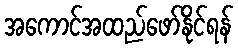
အကောင်အထည်ဖော်နိုင်ရန်